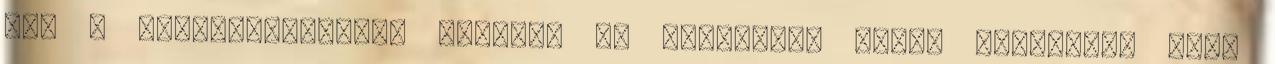
ki. A főosztályvezető szerint az innováció egyik akadálya, hogy